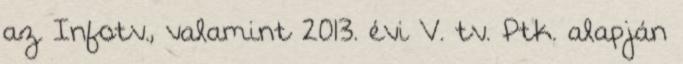
az Infotv., valamint 2013. évi V. tv. Ptk. alapján